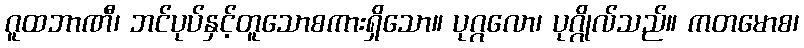
ဂူထဘာဏီ၊ ဘင်ပုပ်နှင့်တူသောစကားရှိသော။ ပုဂ္ဂလော၊ ပုဂ္ဂိုလ်သည်။ ကတမောစ၊